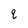
Character: q